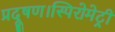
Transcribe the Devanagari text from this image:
प्रदूषण।स्पिरोमेट्री